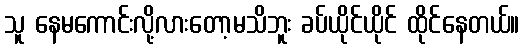
သူ နေမကောင်းလို့လားတော့မသိဘူး ခပ်ယိုင်ယိုင် ထိုင်နေတယ်။